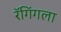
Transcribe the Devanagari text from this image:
रॅगिंगला